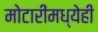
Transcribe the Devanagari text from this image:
मोटारींमध्येही